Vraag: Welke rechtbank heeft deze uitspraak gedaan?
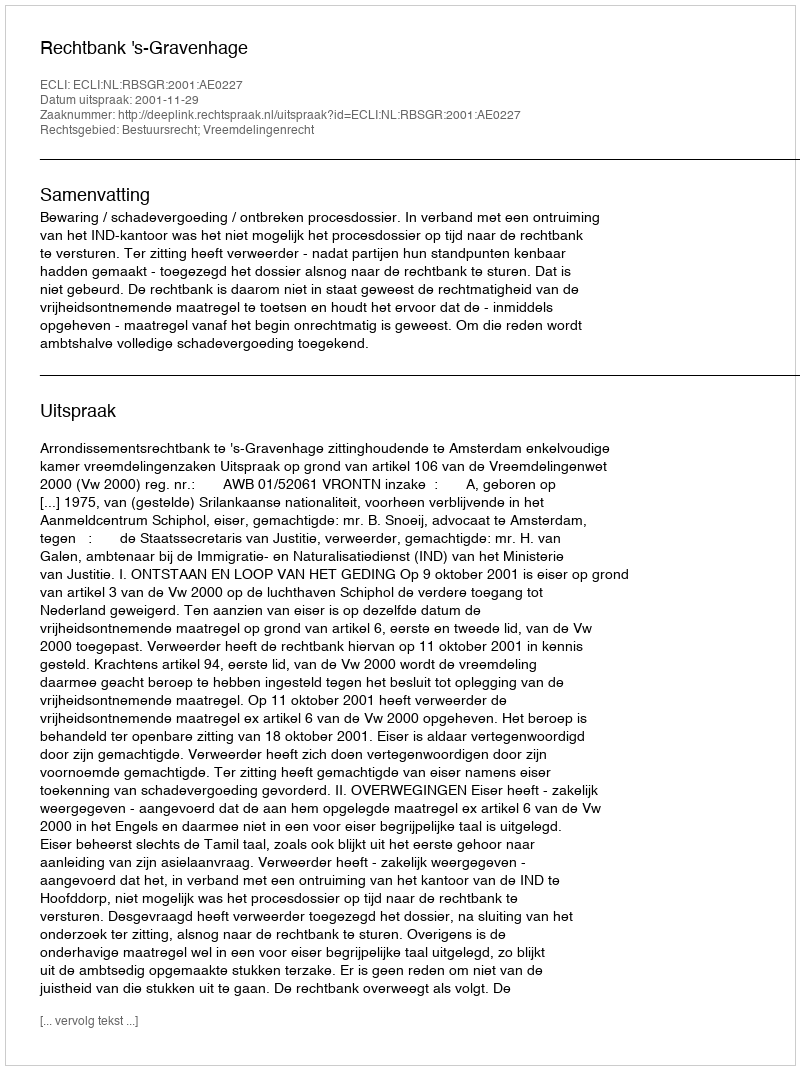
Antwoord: Rechtbank 's-Gravenhage